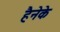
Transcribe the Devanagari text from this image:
हैनेके